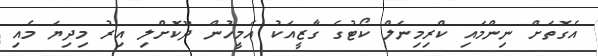
އެގޮތަށް ނިންމައި ކްރިމިނަލް ކޯޓުގެ ގާޒީއަކު އެމީހުން ދޫކޮށްލި އިރު މިދިޔަ މެއި